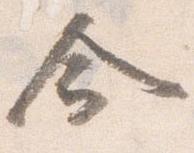
命